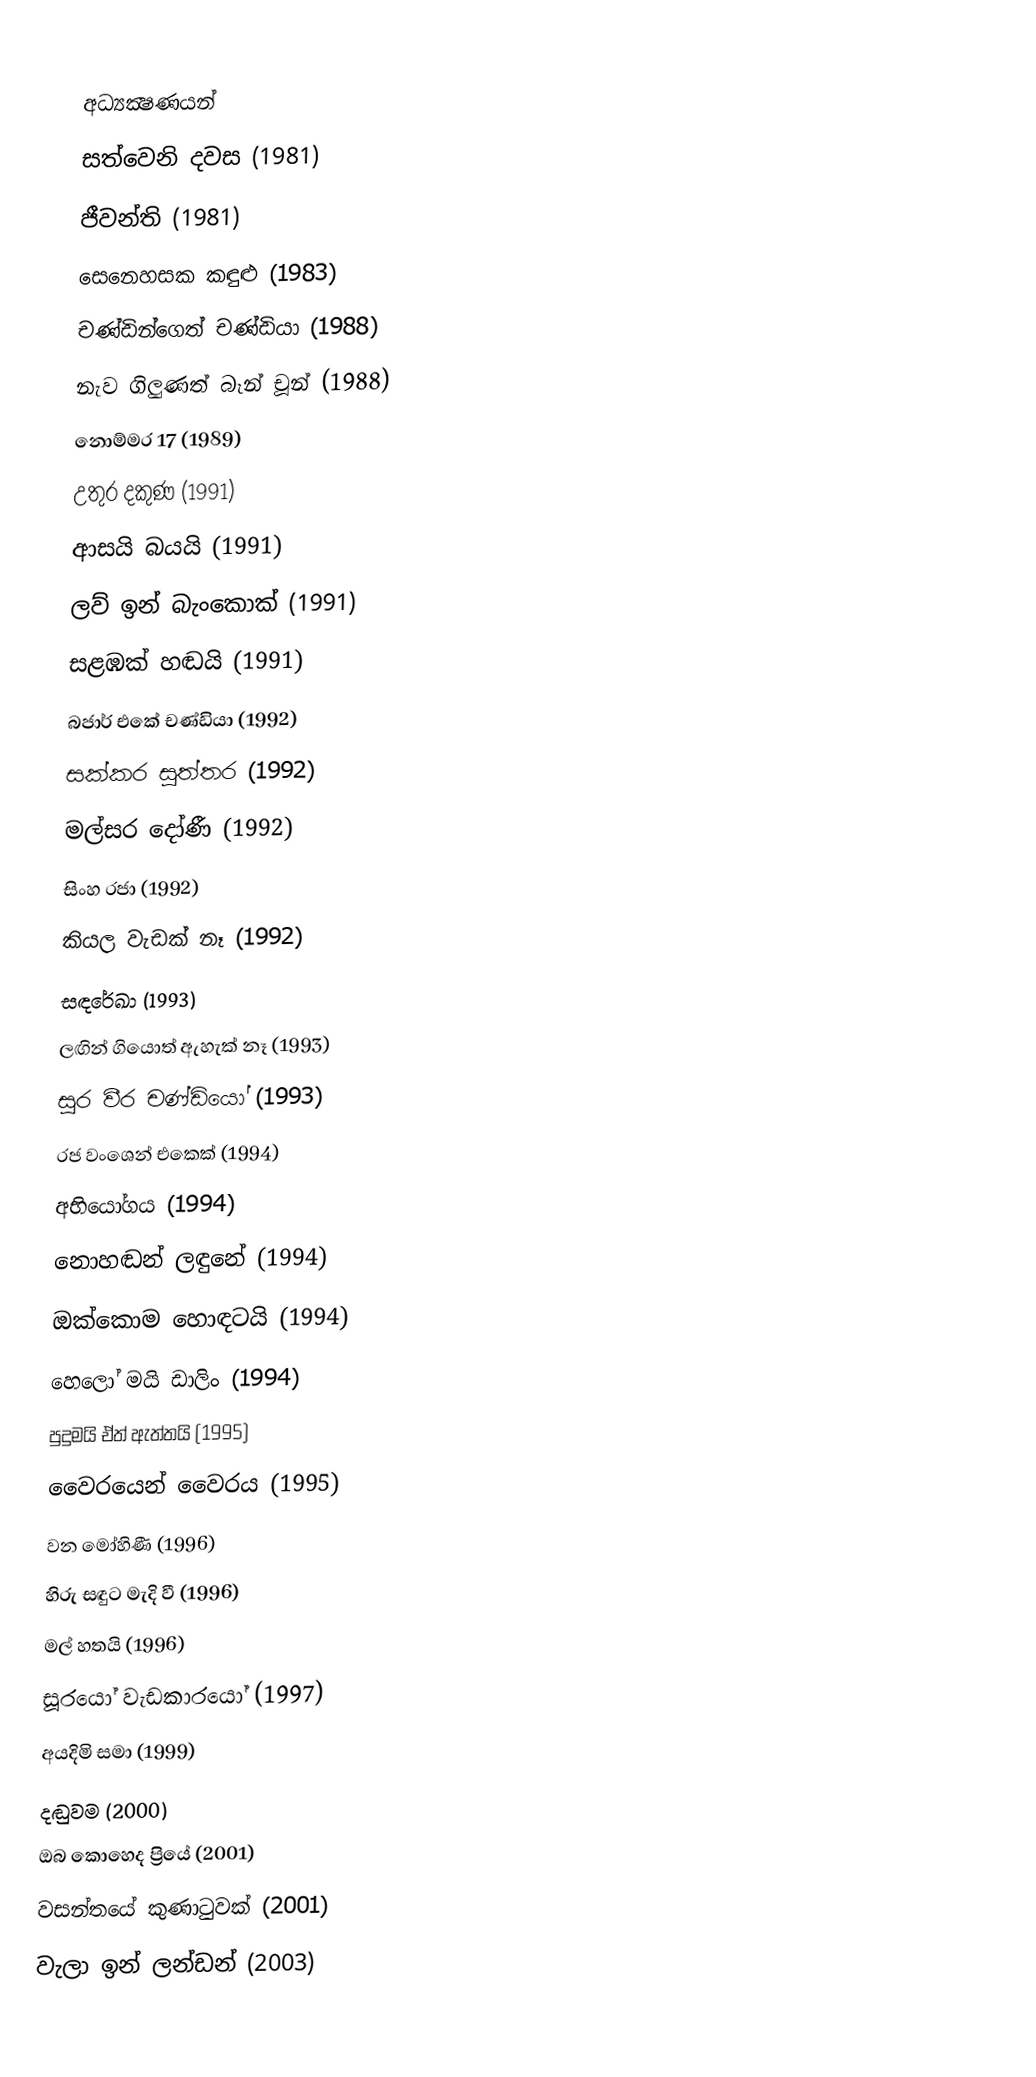

අධ්‍යක්‍ෂණයන්
සත්වෙනි දවස (1981)
ජීවන්ති (1981)
සෙනෙහසක කඳුළු (1983)
චණ්ඩින්ගෙත් චණ්ඩියා (1988)
නැව ගිලුණත් බෑන් චූන් (1988)
නොම්මර 17 (1989)
උතුර දකුණ (1991)
ආසයි බයයි (1991)
ලව් ඉන් බැංකොක් (1991)
සළඹක් හඬයි (1991)
බජාර් එකේ චණ්ඩියා (1992)
සක්කර සූත්තර (1992)
මල්සර දෝණී (1992)
සිංහ රජා (1992)
කියල වැඩක් නෑ (1992)
සඳරේඛා (1993)
ලඟින් ගියොත් ඇහැක් නෑ (1993)
සූර වීර චණ්ඩියෝ (1993)
රජ වංශෙන් එකෙක් (1994)
අභියෝගය (1994)
නොහඬන් ලඳුනේ (1994)
ඔක්කොම හොඳටයි (1994)
හෙලෝ මයි ඩාලිං (1994)
පුදුමයි ඒත් ඇත්තයි (1995)
වෛරයෙන් වෛරය (1995)
වන මෝහිණී (1996)
හිරු සඳුට මැදි වී (1996)
මල් හතයි (1996)
සූරයෝ වැඩකාරයෝ (1997)
අයදිමි සමා (1999)
දඬුවම (2000)
ඔබ කොහෙද ප්‍රියේ (2001)
වසන්තයේ කුණාටුවක් (2001)
වැලා ඉන් ලන්ඩන් (2003)